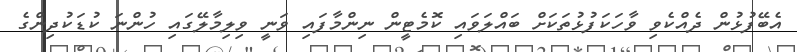
އެބޭފުޅުން ދެއްކެވި ވާހަކަފުޅުތަކަށް ބައްލަވައި ކޮމެޓީން ނިންމާފައި ވަނީ ވިލިމާލޭގައި ހުންނަ ކުޑަކުދިންގެ